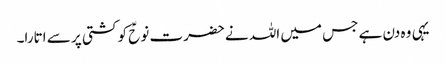
یہی وہ دن ہے جس میں اللہ نے حضرت نوحؑ کو کشتی پر سے اتارا۔